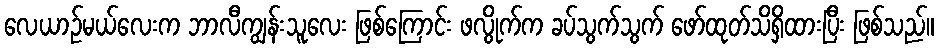
လေယာဉ်မယ်လေးက ဘာလီကျွန်းသူလေး ဖြစ်ကြောင်း ဖလွိုက်က ခပ်သွက်သွက် ဖော်ထုတ်သိရှိထားပြီး ဖြစ်သည်။